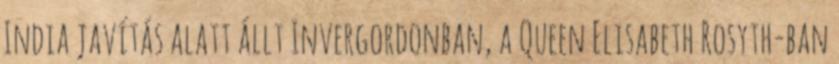
India javítás alatt állt Invergordonban, a Queen Elisabeth Rosyth-ban